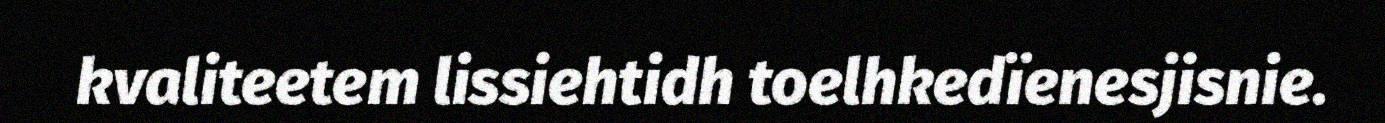
kvaliteetem lissiehtidh toelhkedïenesjisnie.